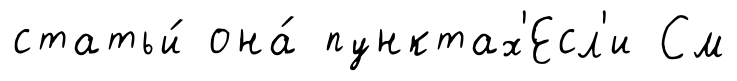
статьи́ она́ пунктах'Есл'и См